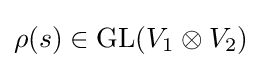
\rho (s)\in {\text{GL}}(V_{1}\otimes V_{2})